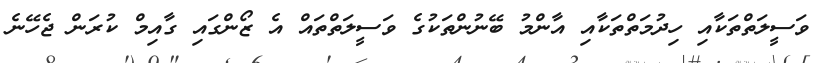
ވަސީލަތްތަކާއި ހިދުމަތްތަކާއި އާންމު ބޭނުންތަކުގެ ވަސީލަތްތައް އެ ޒޯންގައި ގާއިމް ކުރަން ޖެހޭނެ